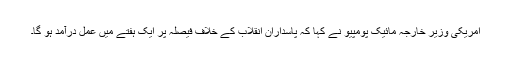
امریکی وزیر خارجہ مائیک پومپیو نے کہا کہ پاسداران انقلاب کے خلاف فیصلہ پر ایک ہفتے میں عمل درآمد ہو گا۔